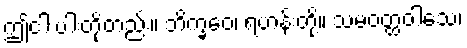
ဤငါးပါးတို့တည်း။ ဘိက္ခဝေ၊ ရဟန်းတို့။ သမဝတ္ထဝါသေ၊